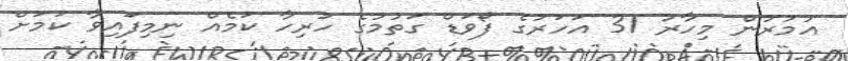
އުމުރުން މިހާރު 31 އަހަރުގެ ފޯވަޑް ގަތުމުގެ ހުރިހާ ކަމެއް ނިމިފައިވާ ކަމަށް